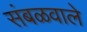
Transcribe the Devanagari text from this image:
संबळवाले